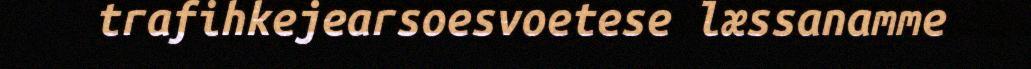
trafihkejearsoesvoetese læssanamme